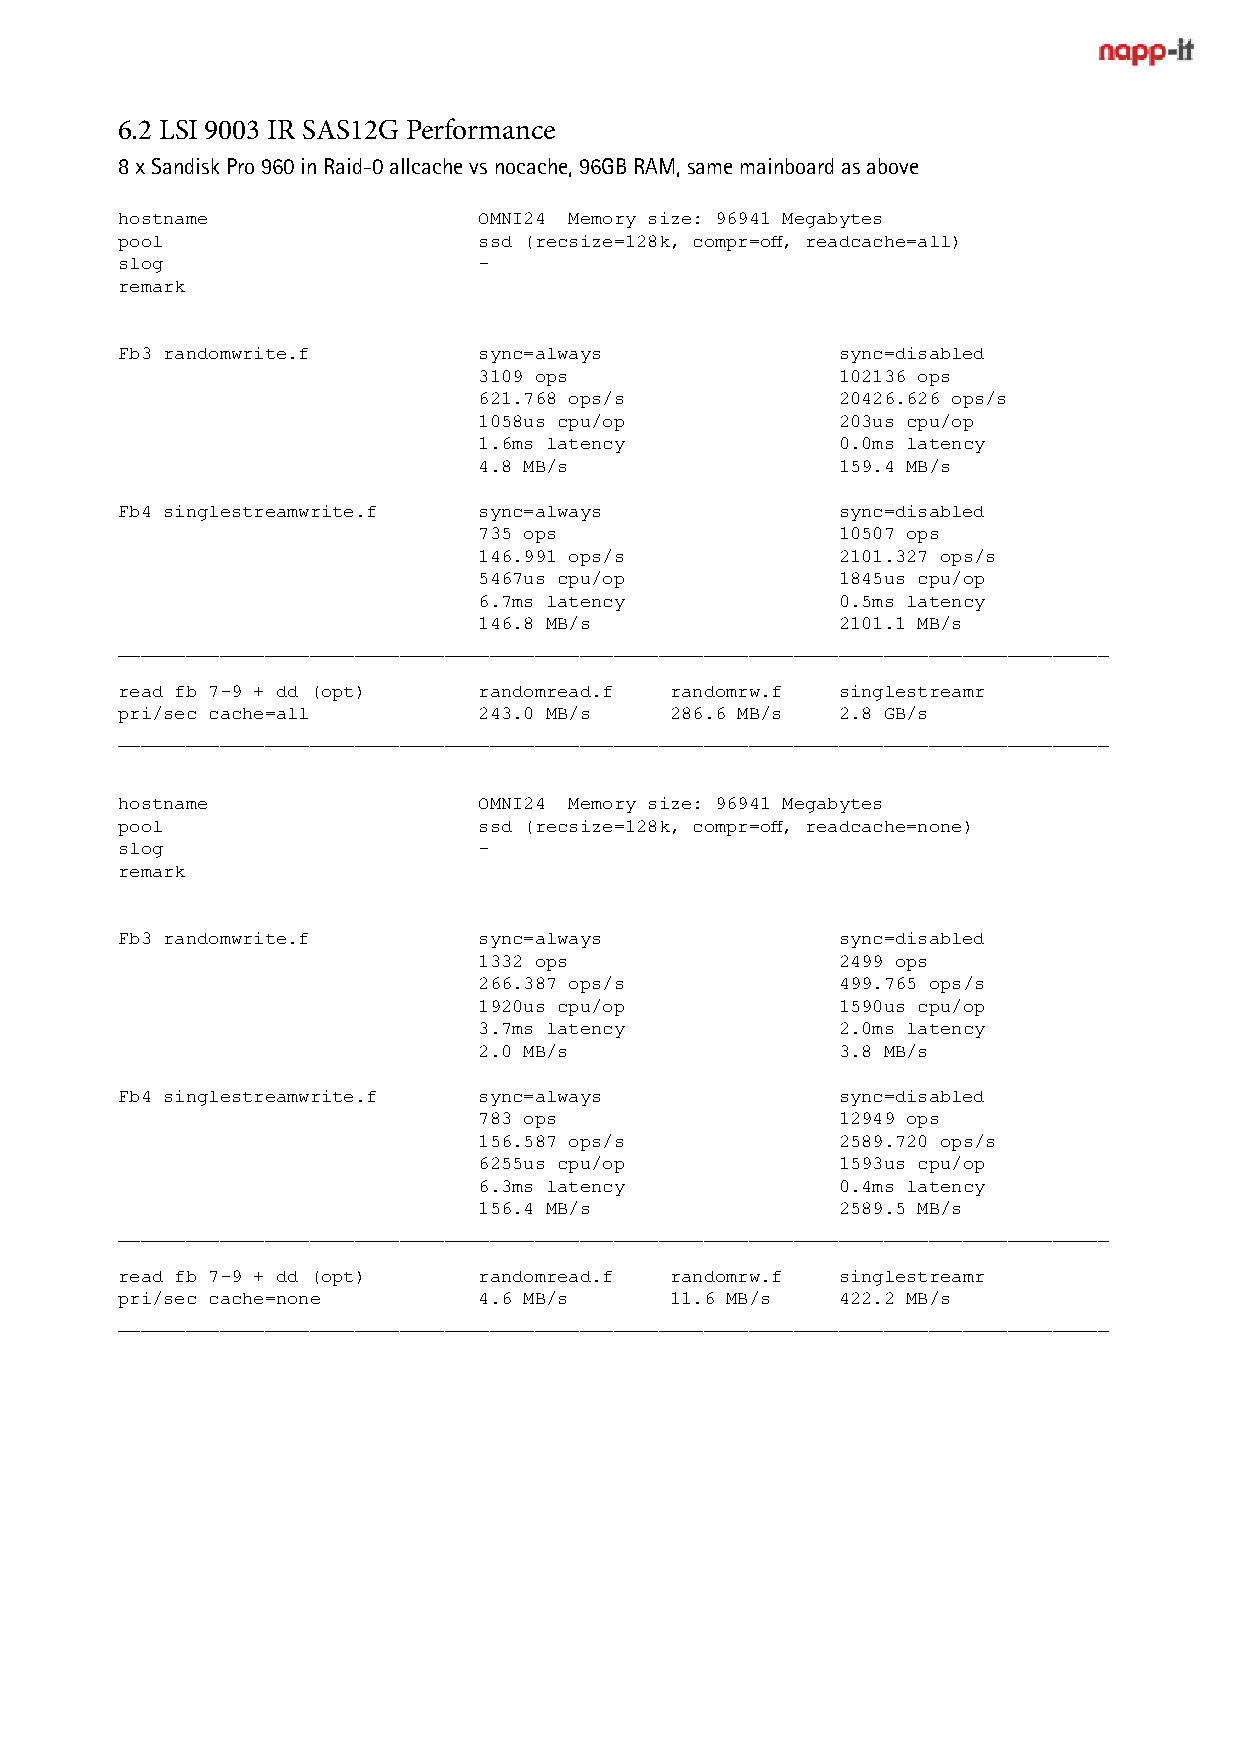
6.2 LSI 9003 IR SAS12G Performance
 8 x Sandisk Pro 960 in Raid-0 allcache vs nocache, 96GB RAM, same mainboard as above
 hostname                OMNI24 Memory size: 96941 Megabytes
 pool                    ssd (recsize=128k, compr=off, readcache=all)
 slog                    -
 remark
 Fb3 randomwrite.f       sync=always            sync=disabled
 3109 ops               102136 ops
 621.768 ops/s          20426.626 ops/s
 1058us cpu/op          203us cpu/op
 1.6ms latency          0.0ms latency
 4.8 MB/s               159.4 MB/s
 Fb4 singlestreamwrite.f sync=always            sync=disabled
 735 ops                10507 ops
 146.991 ops/s          2101.327 ops/s
 5467us cpu/op          1845us cpu/op
 6.7ms latency          0.5ms latency
 146.8 MB/s             2101.1 MB/s
 ________________________________________________________________________________________
 read fb 7-9 + dd (opt)  randomread.f randomrw.f singlestreamr
 pri/sec cache=all       243.0 MB/s  286.6 MB/s 2.8 GB/s
 ________________________________________________________________________________________
 hostname                OMNI24 Memory size: 96941 Megabytes
 pool                    ssd (recsize=128k, compr=off, readcache=none)
 slog                    -
 remark
 Fb3 randomwrite.f       sync=always            sync=disabled
 1332 ops               2499 ops
 266.387 ops/s          499.765 ops/s
 1920us cpu/op          1590us cpu/op
 3.7ms latency          2.0ms latency
 2.0 MB/s               3.8 MB/s
 Fb4 singlestreamwrite.f sync=always            sync=disabled
 783 ops                12949 ops
 156.587 ops/s          2589.720 ops/s
 6255us cpu/op          1593us cpu/op
 6.3ms latency          0.4ms latency
 156.4 MB/s             2589.5 MB/s
 ________________________________________________________________________________________
 read fb 7-9 + dd (opt)  randomread.f randomrw.f singlestreamr
 pri/sec cache=none      4.6 MB/s    11.6 MB/s  422.2 MB/s
 ________________________________________________________________________________________